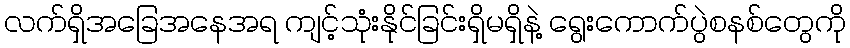
လက်ရှိအခြေအနေအရ ကျင့်သုံးနိုင်ခြင်းရှိမရှိနဲ့ ရွေးကောက်ပွဲစနစ်တွေကို